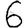
Digit: 6